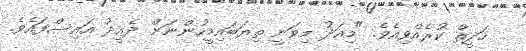
ހަދީޘް ކުރެއްވިއެވެ. "މިއަދު މިވަނީ ތިޔަބައިމީހުންނަށް ދެޢީދު އައިސްފައެވެ.